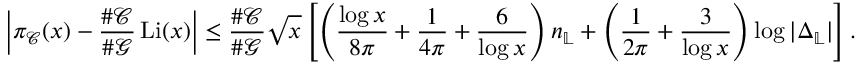
\left| \pi _ { \mathcal { C } } ( x ) - \frac { \# \mathcal { C } } { \# \mathcal { G } } \operatorname { L i } ( x ) \right| \leq \frac { \# \mathcal { C } } { \# \mathcal { G } } \sqrt { x } \left[ \left( \frac { \log { x } } { 8 \pi } + \frac { 1 } { 4 \pi } + \frac { 6 } { \log { x } } \right) n _ { \mathbb { L } } + \left( \frac { 1 } { 2 \pi } + \frac { 3 } { \log { x } } \right) \log { | \Delta _ { \mathbb { L } } | } \right] .